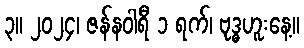
၃။ ၂၀၂၄၊ ဇန်နဝါရီ ၁ ရက်၊ ဗုဒ္ဓဟူးနေ့။